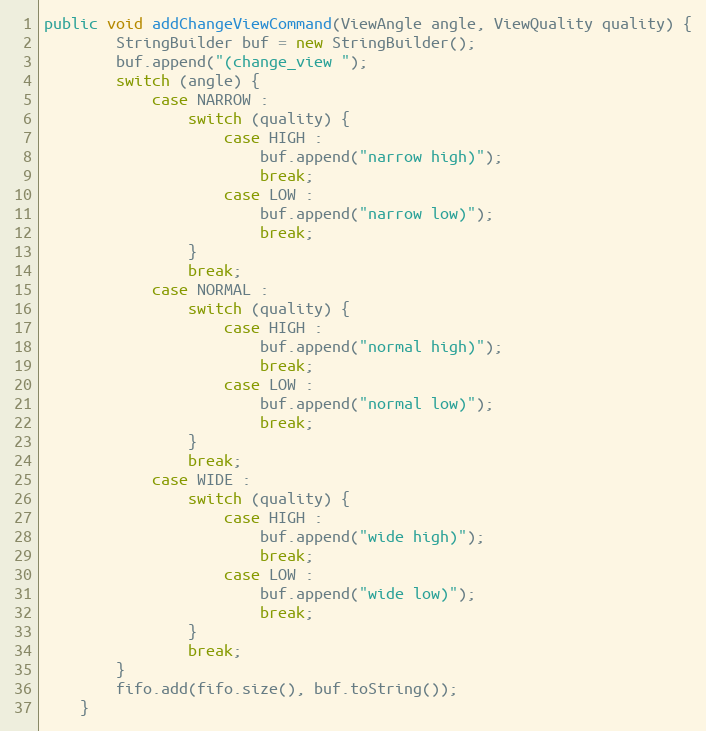
Language: Java
public void addChangeViewCommand(ViewAngle angle, ViewQuality quality) {
        StringBuilder buf = new StringBuilder();
        buf.append("(change_view ");
        switch (angle) {
            case NARROW :
                switch (quality) {
                    case HIGH :
                        buf.append("narrow high)");
                        break;
                    case LOW :
                        buf.append("narrow low)");
                        break;
                }
                break;
            case NORMAL :
                switch (quality) {
                    case HIGH :
                        buf.append("normal high)");
                        break;
                    case LOW :
                        buf.append("normal low)");
                        break;
                }
                break;
            case WIDE :
                switch (quality) {
                    case HIGH :
                        buf.append("wide high)");
                        break;
                    case LOW :
                        buf.append("wide low)");
                        break;
                }
                break;
        }
        fifo.add(fifo.size(), buf.toString());
    }